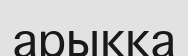
арыкка